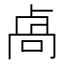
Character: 卨